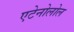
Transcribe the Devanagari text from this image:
एटेनोलोल